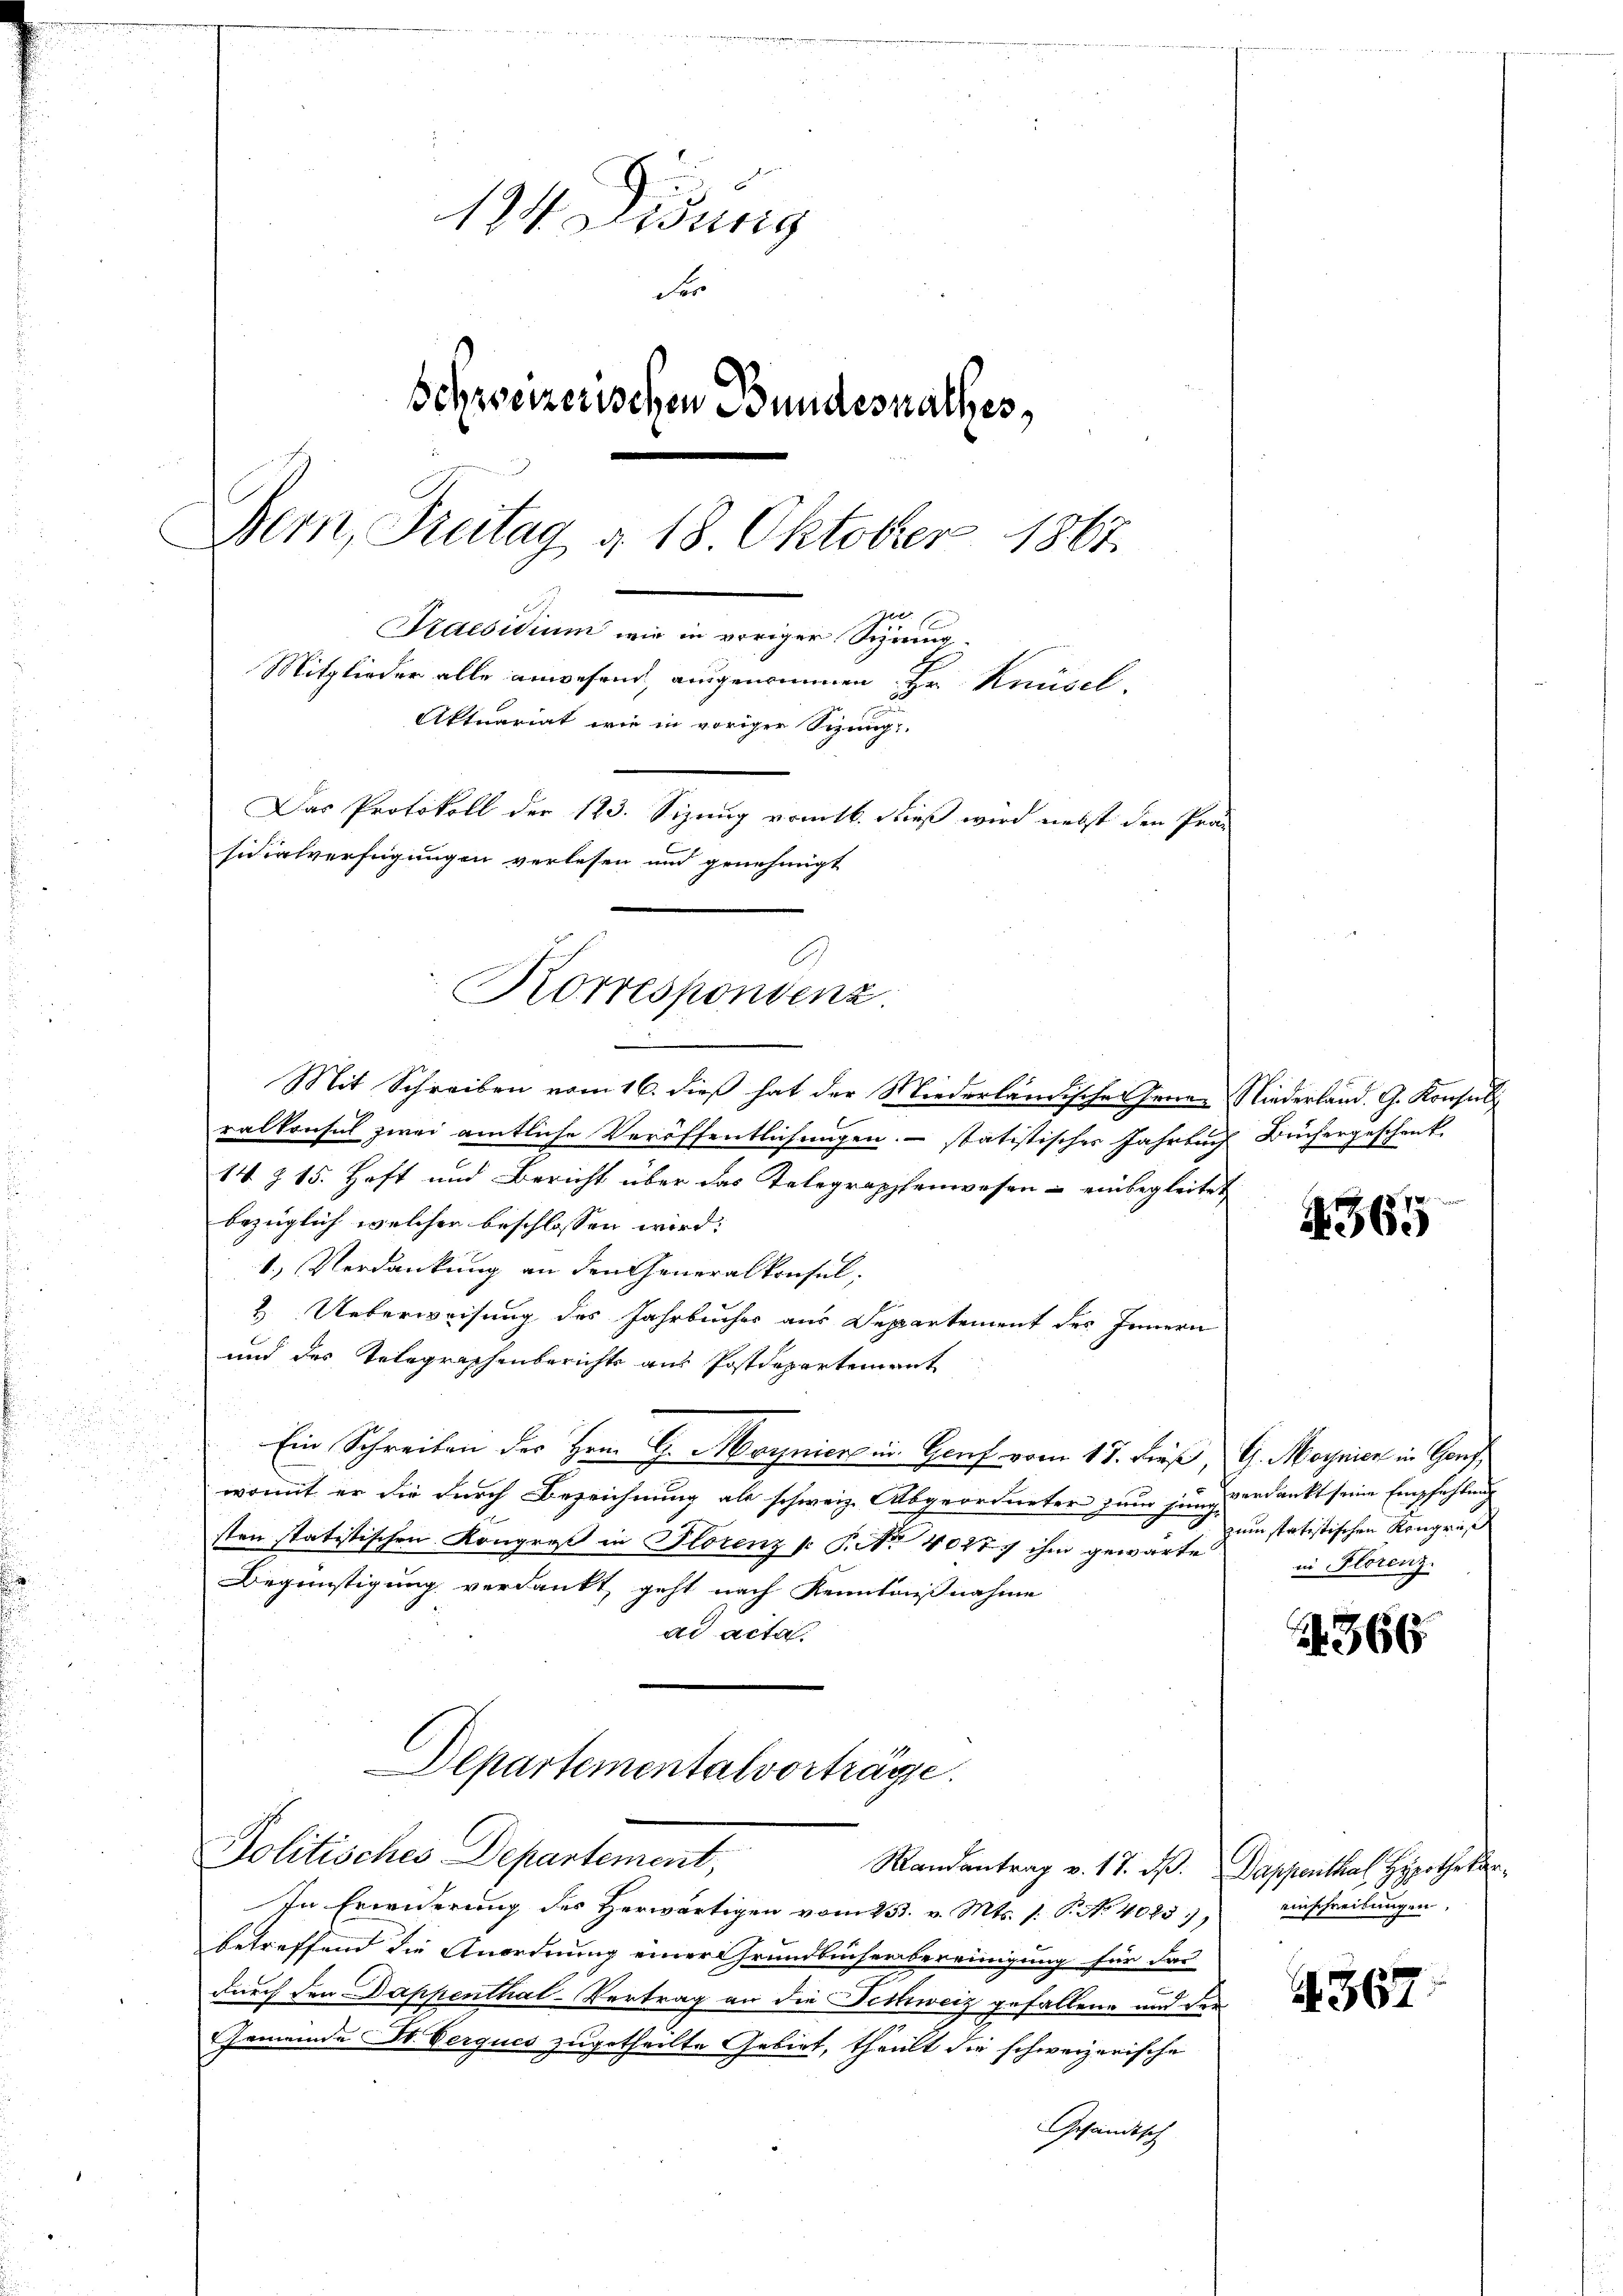
124. Disung
der
Schweizerischen Bundesrathes,
Bern, Freitag d. 18. Oktober 1867.
u
Praesidium wir in voriger Sizirung
Mitglieder alle anwesend, ausgenommen, Hr. Knüsel,
Aktuariat wie in voriger Sizung
Das Protokoll der 123. Sizung vom 16. dieß wird nebst den Prä
sidialverfügungen verlesen und genehmigt

Korrespondenz.

Mit Schreiben vom 16. dieß hat der Niederländischen Jenaralkonsul zwei amtliche Veröffentlichungen. – statistisches Jahrten
14 Z 15. Haft und Bericht über das Telegraphenwesen - einbegleite
bezüglich welcher beschlossen wird:
1.) Verdankung an den Generalkonsul
2 Ueberweisung des Jahrbucher aus Departement des Innern
und des Telegraphenberichts aus Postdepartement
Ein Schreiben des Hrn. G. Maynien in Genf vom 17. dieß,
womit er die durch Bezeichnung als schweiz. Abgeordneter zum jung-
sten statistischen Kongreß in Florenz v: P. No 40277 ihm gewarte
Begünstigung verdankt, geht nach Kenntnißnahme
ad acta.
Departemental vorträge.
Politisches Departement,
Randantrag v. 17. d. Sappenthal Hypotheken
In Erwiderung des Herwärtigen vom 23. v. Mts. s. S. No. 4025), einschreibungen,
betreffend die Anordnung einer Grundbücherbereinigung für das
durch den Dappenthal-Vertrag an die Schweiz gefallene und der
Gemeinde St. Perques zugetheilte Gebiet, theilt die schweizerische
Gesandtsch

Niederland. G. Konsul
Büchergeschenk.

4365

G. Maynier in Gorf
verdankt seine Empfehlung
zum statistischen Kongreß
in Florenz.

366

4367